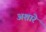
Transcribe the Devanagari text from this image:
अशारे